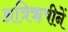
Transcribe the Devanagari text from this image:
अत्रिॠषीनें